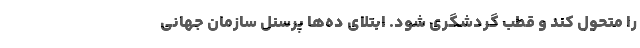
را متحول کند و قطب گردشگری شود. ابتلای ده‌ها پرسنلِ سازمان جهانی